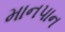
માનપાન